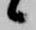
候